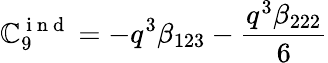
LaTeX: \mathbb{C}_{9}^{\mathrm{{~i~n~d~}}}=-q^{3}\beta_{123}-\frac{{q^{3}\beta_{222}}}{{6}}